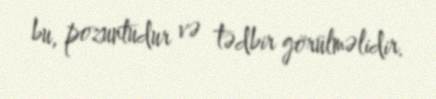
bu, pozuntudur və tədbir görülməlidir.